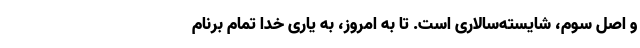
و اصل سوم، شایسته‌سالاری است. تا به امروز، به یاری خدا تمام برنام